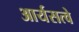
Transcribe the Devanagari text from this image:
आर्यसत्वे